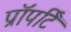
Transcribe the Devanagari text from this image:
प्रॉपर्टि